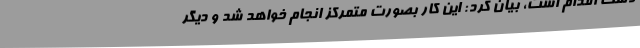
دست اقدام است، بیان کرد: این کار بصورت متمرکز انجام خواهد شد و دیگر